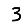
Digit: 3